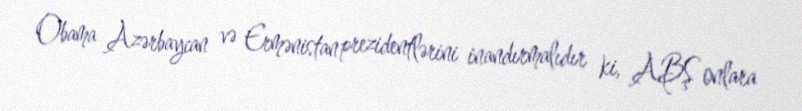
Obama Azərbaycan və Ermənistan prezidentlərini inandırmalıdır ki, ABŞ onlara